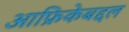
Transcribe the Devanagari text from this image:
आफ्रिकेबद्दल